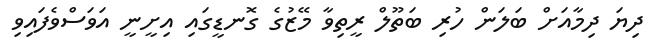
ދިޔަ ދިމާއަށް ބަލަން ހުރި ބަތޫލް ރީތިވާ މޭޒުގެ ގޮނޑީގައި އިށީނީ އަވަސްވެފައިވި